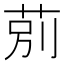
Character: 莂